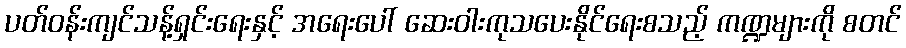
ပတ်ဝန်းကျင်သန့်ရှင်းရေးနှင့် အရေးပေါ် ဆေးဝါးကုသပေးနိုင်ရေးစသည့် ကဏ္ဍများကို စတင်